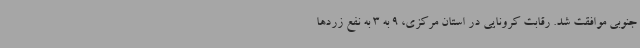
جنوبی موافقت شد. رقابت کرونایی در استان مرکزی، 9 به 3 به نفع زردها